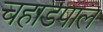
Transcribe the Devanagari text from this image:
चहाडपाल